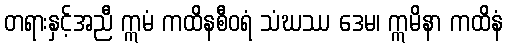
တရားနှင့်အညီ ဣမံ ကထိနစီဝရံ သံဃဿ ဒေမ၊ ဣမိနာ ကထိနံ